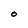
Character: O